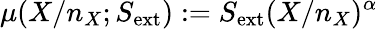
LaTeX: \mu(X/n_{X};S_{\mathrm{ext}}):=S_{\mathrm{ext}}(X/n_{X})^{\alpha}